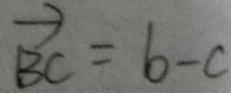
\overrightarrow { B C } = b - c